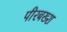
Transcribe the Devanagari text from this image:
पीरबख्श